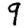
Digit: 9